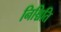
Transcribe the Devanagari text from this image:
निश्चिति